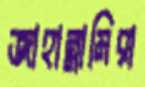
জাহান্নামিরা